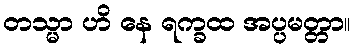
တသ္မာ ဟိ နေ ရက္ခထ အပ္ပမတ္တာ။